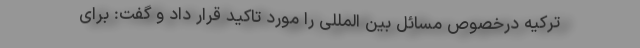
ترکیه درخصوص مسائل بین المللی را مورد تاکید قرار داد و گفت: برای